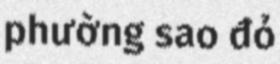
phường sao đỏ